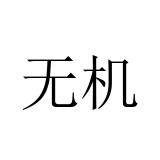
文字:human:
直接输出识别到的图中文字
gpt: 无机